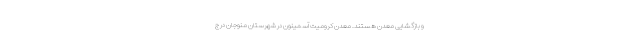
و بازگشایی معدن هستند. معدن کرومیت آسمینون در شهرستان منوجان در ج